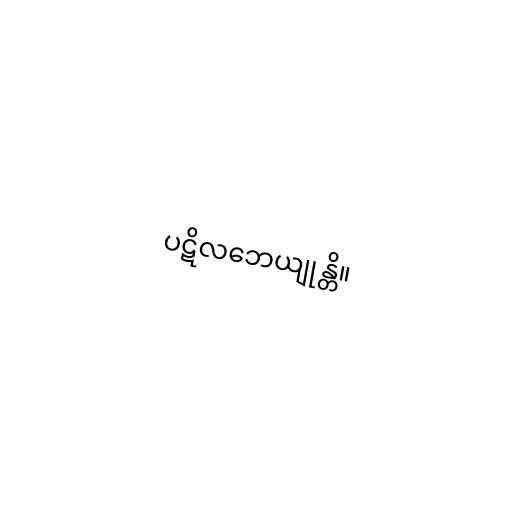
ပဋိလဘေယျုန္တိ။